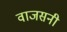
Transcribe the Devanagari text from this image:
वाजसनी